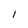
Character: 1